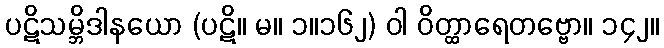
ပဋိသမ္ဘိဒါနယော (ပဋိ။ မ။ ၁။၁၆၂) ဝါ ဝိတ္ထာရေတဗ္ဗော။ ၁၄၂။